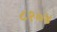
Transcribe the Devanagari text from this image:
८१०४